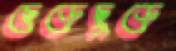
ছেড়েছুড়ে